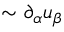
\sim \partial _ { \alpha } u _ { \beta }